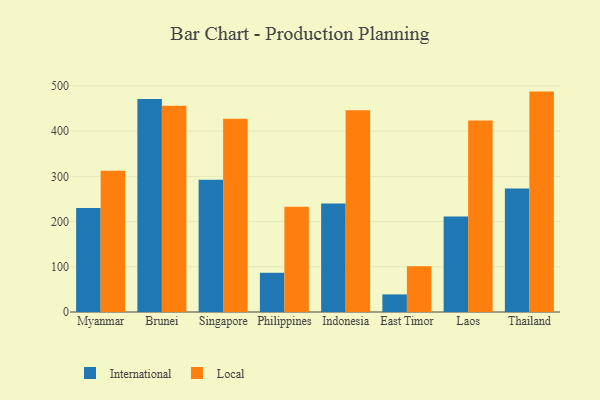
{"axis": {"x": "Country", "y": "Demand Index"}, "legend": ["International", "Local"], "data": [{"x": "Myanmar", "y": 230.1, "type": "International"}, {"x": "Myanmar", "y": 312.4, "type": "Local"}, {"x": "Brunei", "y": 471.1, "type": "International"}, {"x": "Brunei", "y": 456.0, "type": "Local"}, {"x": "Singapore", "y": 292.3, "type": "International"}, {"x": "Singapore", "y": 427.5, "type": "Local"}, {"x": "Philippines", "y": 86.8, "type": "International"}, {"x": "Philippines", "y": 232.7, "type": "Local"}, {"x": "Indonesia", "y": 239.7, "type": "International"}, {"x": "Indonesia", "y": 445.9, "type": "Local"}, {"x": "East Timor", "y": 38.9, "type": "International"}, {"x": "East Timor", "y": 101.0, "type": "Local"}, {"x": "Laos", "y": 211.3, "type": "International"}, {"x": "Laos", "y": 423.3, "type": "Local"}, {"x": "Thailand", "y": 273.0, "type": "International"}, {"x": "Thailand", "y": 487.4, "type": "Local"}]}